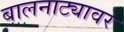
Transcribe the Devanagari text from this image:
बालनाट्यावर